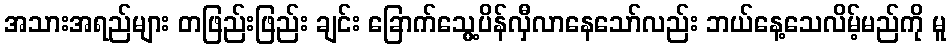
အသားအရည်များ တဖြည်းဖြည်း ချင်း ခြောက်သွေ့ပိန်လှီလာနေသော်လည်း ဘယ်နေ့သေလိမ့်မည်ကို မူ